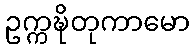
ဥက္ကဍ္ဎိတုကာမော